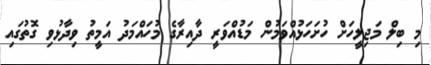
މި ބިލް މަޖިލީހަށް ހުށަހަޅުއްވަމުން މަޑުއްވަރީ ދާއިރާގެ މުހައްމަދު އަމީތު ވިދާޅުވި ގޮތުގައި